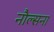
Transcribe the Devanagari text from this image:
नौल्सना